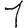
Digit: 1